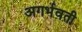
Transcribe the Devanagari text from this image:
अगर्भवती